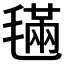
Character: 𣯩